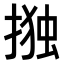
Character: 𭡫